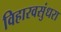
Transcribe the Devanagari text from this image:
विहारवसुंधरा